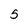
Character: S